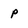
Character: p